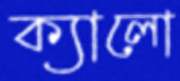
ক্যালো